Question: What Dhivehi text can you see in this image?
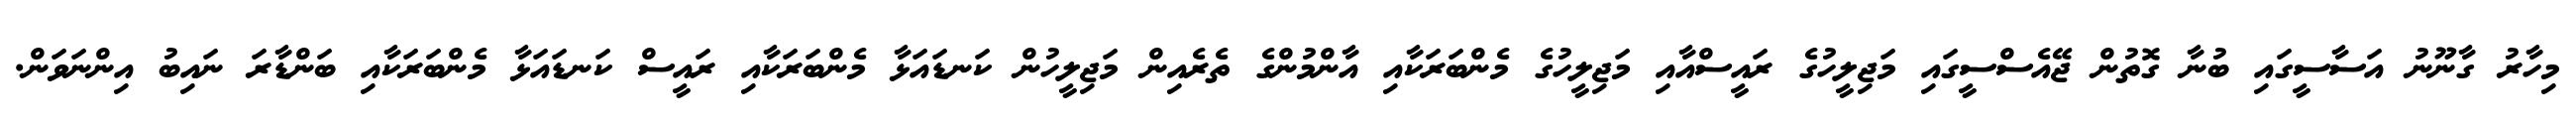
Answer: މިހާރު ގާނޫނު އަސާސީގައި ބުނާ ގޮތުން ޖޭއެސްސީގައި މަޖިލީހުގެ ރައީސްއާއި މަޖިލީހުގެ މެންބަރަކާއި އާންމުންގެ ތެރެއިން މަޖިލީހުން ކަނޑައަޅާ މެންބަރަކާއި ރައީސް ކަނޑައަޅާ މެންބަރަކާއި ބަންޑާރަ ނައިބު އިންނަވަން.